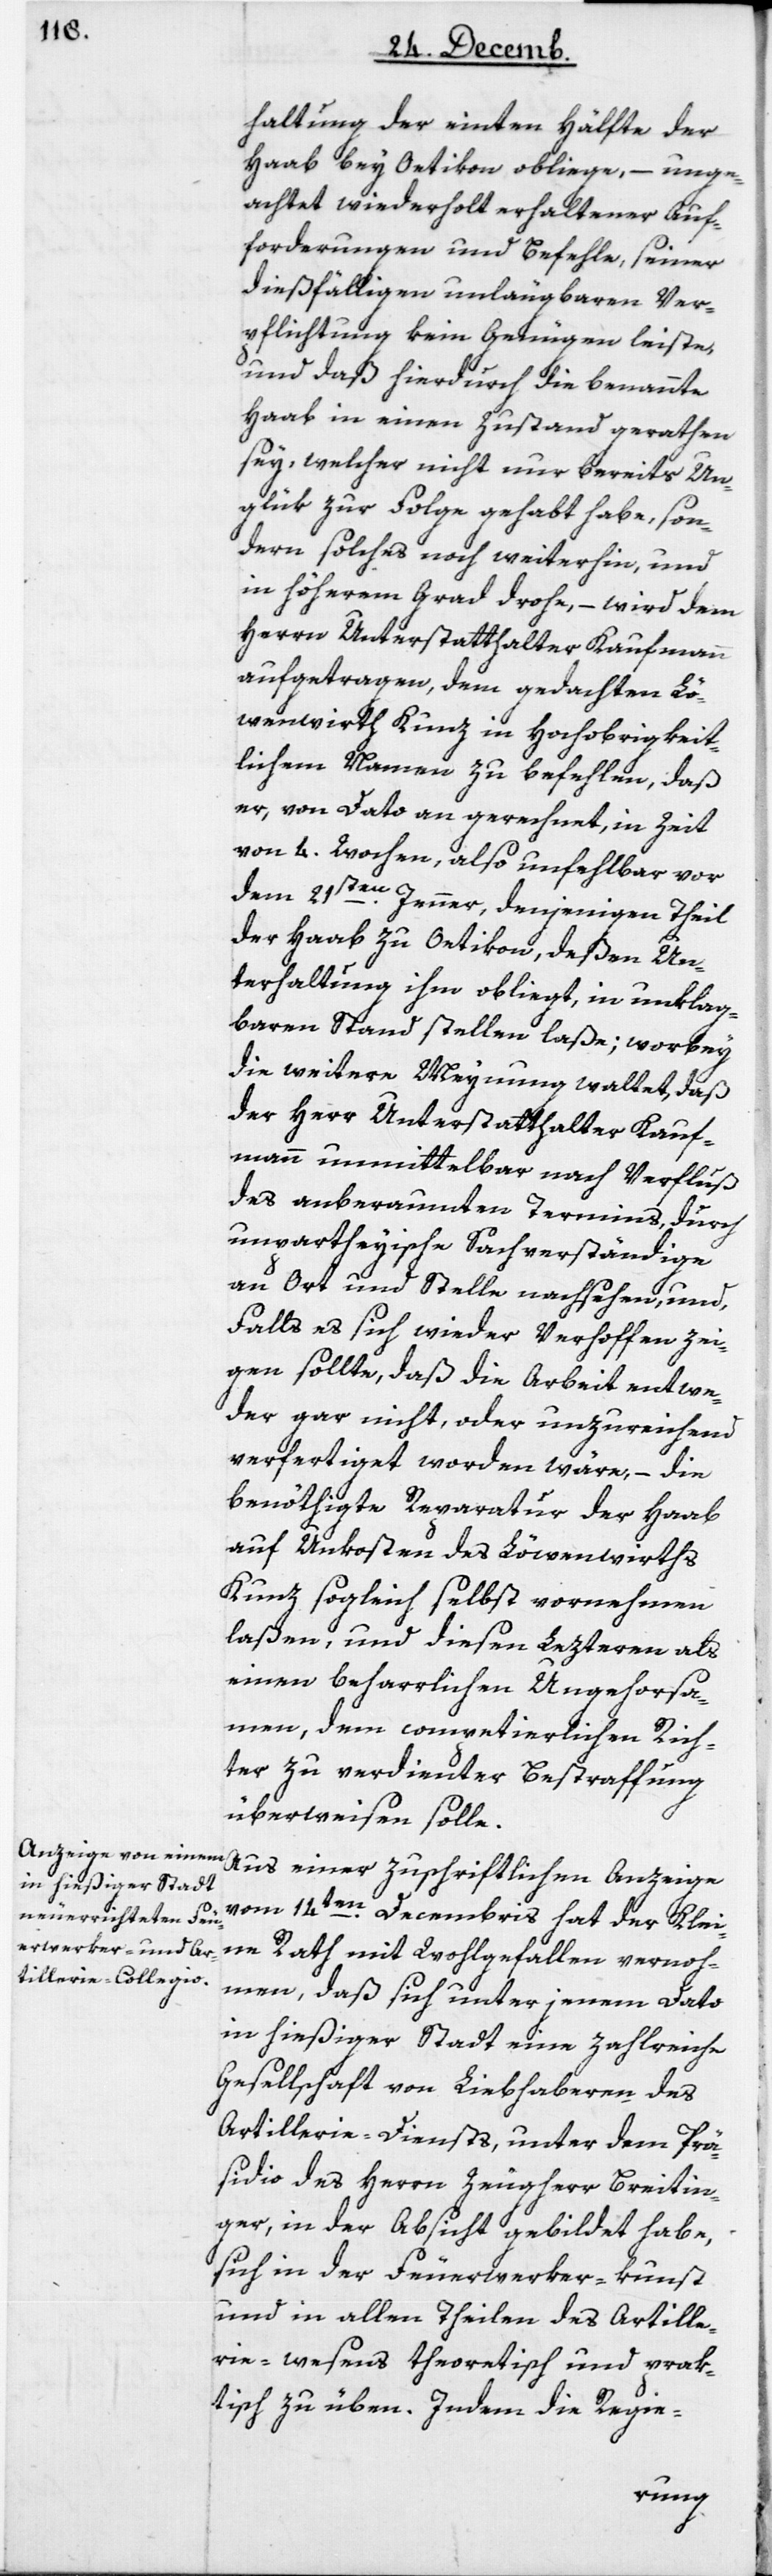
haltung der einten Hälfte der
Haab bey Oetikon obliege, – unge¬
achtet wiederholt erhaltener Auf¬
forderungen und Befehle, seiner
dießfälligen unleugbaren Ver¬
pflichtung kein Genügen leiste,
und daß hierdurch die benannte
Haab in einen Zustand geraten
sey, welcher nicht nur bereits Un¬
glük zur Folge gehabt habe, son¬
dern solches noch weiterhin, und
in höherem Grad drohe, – wird dem
Herrn Unterstatthalter Kaufmann
aufgetragen, dem gedachten Lö¬
wenwirth Kunz in Hochobrigkeit¬
lichem Namen zu befehlen, daß
er, von Dato an gerechnet, in Zeit
von 4 Wochen, also unfehlbar vor
dem 21sten Jenner, denjenigen Theil
der Haab zu Oetikon, deßen Un¬
terhaltung ihm obliegt, in unklag¬
baren Stand stellen laße; worbey
die weitere Meynung waltet, daß
der Herr Unterstatthalter Kauf¬
mann unmittelbar nach Verfluß
des anberaumten Termins, durch
unpartheyische Sachverständige
an Ort und Stelle nachsehen, und
Falls es sich wieder Verhoffen zei¬
gen sollte, daß die Arbeit entwe¬
der gar nicht oder unzureichend
verfertiget worden wäre, – die
benöthigte Reparatur der Haab
auf Unkosten des Löwenwirths
Kunz sogleich selbst vornehmen
laßen, und diesen Lezteren als
einen beharrlichen Ungehorsa¬
men, dem competierlichen Rich¬
ter zu verdienter Bestraffung
überweisen solle.
Aus einer zuschriftlichen Anzeige
vom 14ten Decembris hat der Klei¬
ne Rath mit Wohlgefallen vernoh¬
men, daß sich unter jenem Dato
in hießiger Stadt eine zahlreiche
Gesellschaft von Liebhaberen des
Artillerie-Diensts, unter dem Prä¬
sidio des Herrn Zeugherr Breitin¬
ger, in der Absicht gebildet habe,
sich in der Feuerwerker-Kunst
und in allen Theilen des Artille¬
riewesens theoretisch und prak¬
tisch zu üben. Indem die Regie-